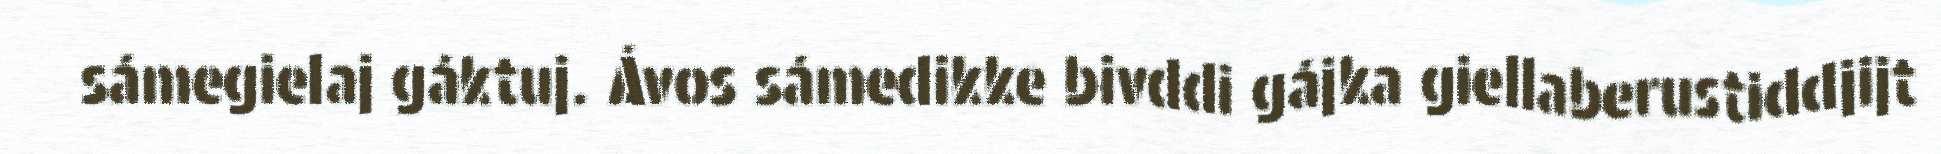
sámegielaj gáktuj. Ávos sámedikke bivddi gájka giellaberustiddjijt